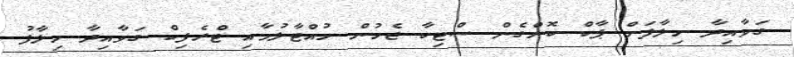
ގަވާއިދާ ހިލާފަށް ޕާކް ކޮށްގެން ސްޓިކާ ޖެހުން ހުއްޓާލުމާއި ޓްރެފިކް ގަވާއިދާ ހިލާފު